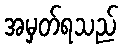
အမှတ်ရသည်